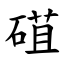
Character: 䃊